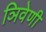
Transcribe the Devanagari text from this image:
ञिवेणी